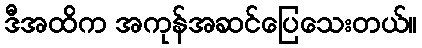
ဒီအထိက အကုန်အဆင်ပြေသေးတယ်။